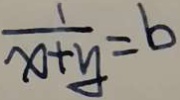
\frac { 1 } { x + y } = b